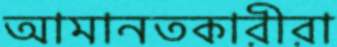
আমানতকারীরা